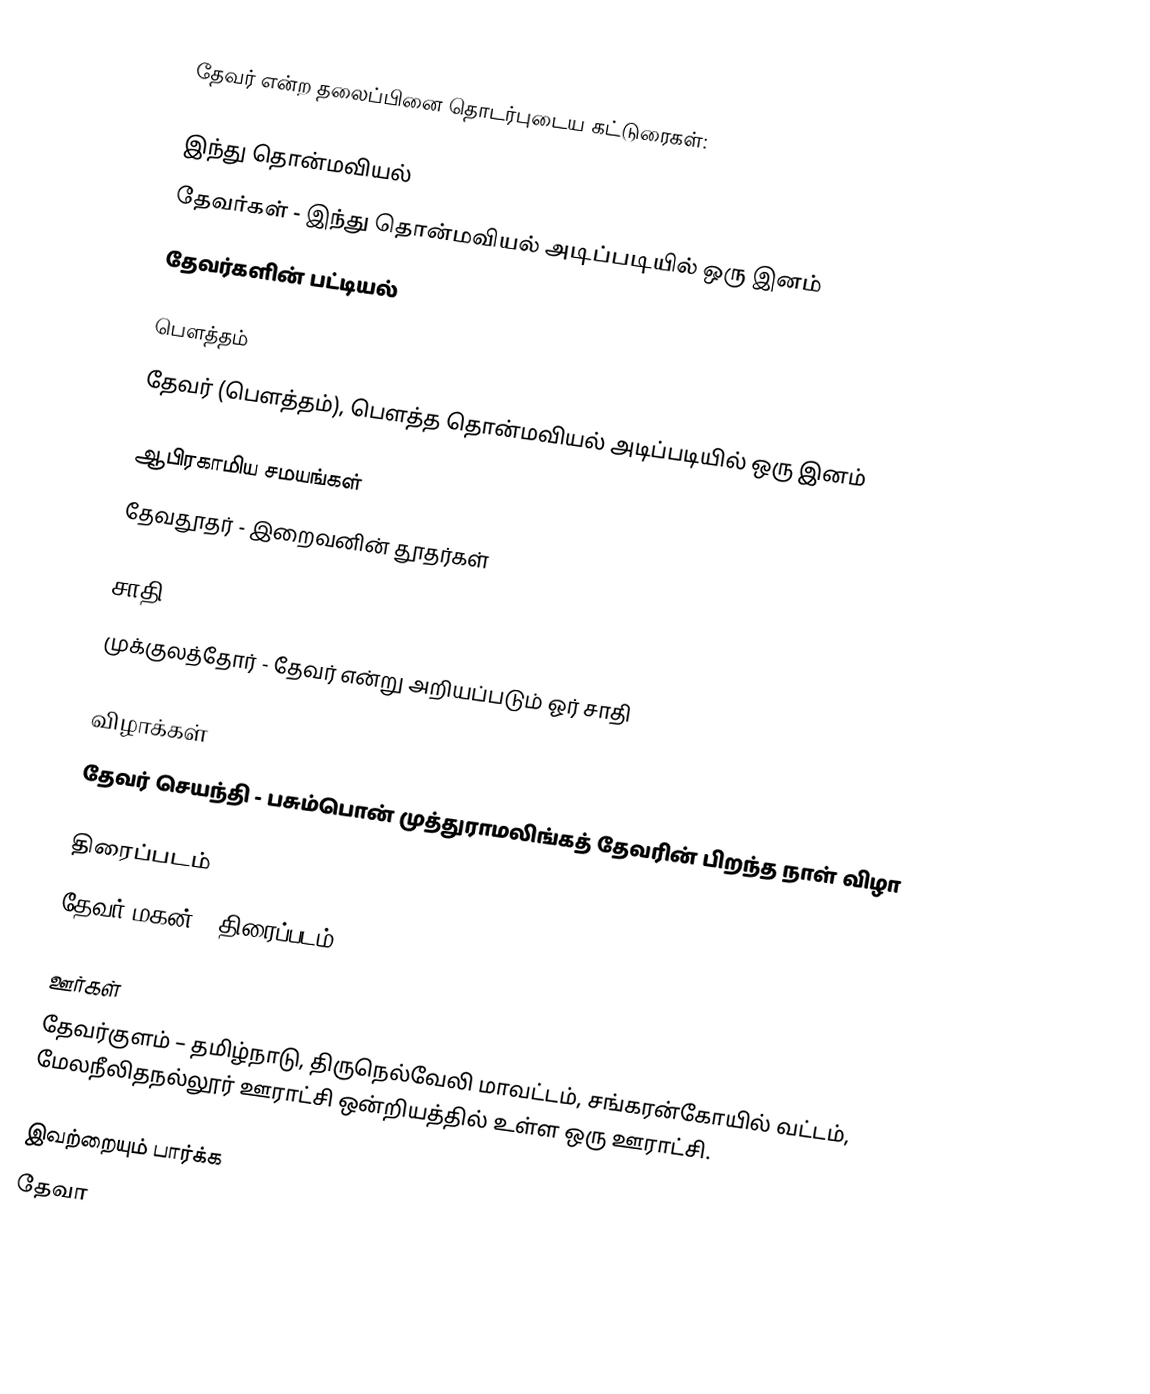
தேவர் என்ற தலைப்பினை தொடர்புடைய கட்டுரைகள்:

இந்து தொன்மவியல்
 தேவர்கள் - இந்து தொன்மவியல் அடிப்படியில் ஒரு இனம்
 தேவர்களின் பட்டியல்

பௌத்தம்
 தேவர் (பௌத்தம்), பௌத்த தொன்மவியல் அடிப்படியில் ஒரு இனம்

ஆபிரகாமிய சமயங்கள்
 தேவதூதர் - இறைவனின் தூதர்கள்

சாதி
 முக்குலத்தோர் - தேவர் என்று அறியப்படும் ஓர் சாதி

விழாக்கள்
 தேவர் செயந்தி - பசும்பொன் முத்துராமலிங்கத் தேவரின் பிறந்த நாள் விழா

திரைப்படம்
 தேவர் மகன் - திரைப்படம்

ஊர்கள்
 தேவர்குளம் – தமிழ்நாடு, திருநெல்வேலி மாவட்டம், சங்கரன்கோயில் வட்டம், மேலநீலிதநல்லூர் ஊராட்சி ஒன்றியத்தில் உள்ள ஒரு ஊராட்சி.

இவற்றையும் பார்க்க
 தேவா